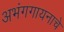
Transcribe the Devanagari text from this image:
अभंगगायनाचे